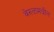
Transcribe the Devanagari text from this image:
वेरुळमधील